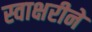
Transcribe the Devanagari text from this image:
स्वाक्षरीने